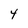
Character: 4